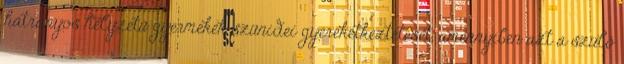
hátrányos helyzetű gyermekek szünidei gyerekétkeztetését, amennyiben azt a szülő